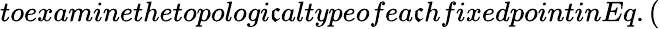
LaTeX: toexaminethetopologi\mathfrak{c}altypeofea\mathfrak{c}hfixedpointinEq.(